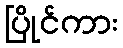
ပြိုင်ကား